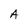
Character: A